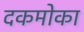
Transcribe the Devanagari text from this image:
दकमोका